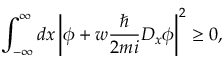
\int _ { - \infty } ^ { \infty } d x \left| \phi + w \frac { \hbar } { 2 m i } D _ { x } \phi \right| ^ { 2 } \ge 0 ,